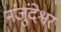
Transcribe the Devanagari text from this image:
नंजुंदेश्वर